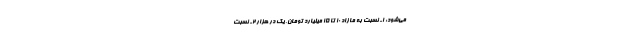
می‌شود: ۱- نسبت به مازاد ۱۰ تا ۱۵ میلیارد تومان، یک در هزار ۲- نسبت